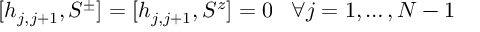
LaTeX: [ h _ { j , j + 1 } , S ^ { \pm } ] = [ h _ { j , j + 1 } , S ^ { z } ] = 0 \ \ \, \forall j = 1 , \ldots , N - 1